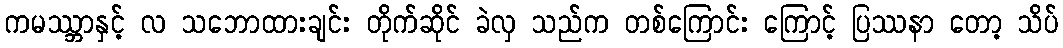
ကမဿ္ဘာနှင့် လ သဘောထားချင်း တိုက်ဆိုင် ခဲလှ သည်က တစ်ကြောင်း ကြောင့် ပြဿနာ တော့ သိပ်